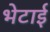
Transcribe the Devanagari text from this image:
भेटाई